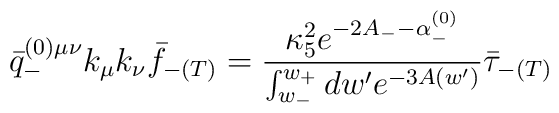
\bar{q}^{(0)\mu\nu}_{-}k_{\mu}k_{\nu}\bar{f}_{-(T)}  = \frac{\kappa_5^2e^{-2A_--\alpha^{(0)}_-}}{\int^{w_+}_{w_-}dw'e^{-3A(w')}}  \bar{\tau}_{-(T)}